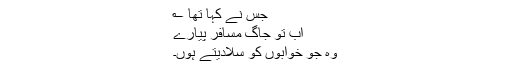
جس نے کہا تھا ؎
اب تو جاگ مسافر پیارے
وہ جو خوابوں کو سُلادیتے ہوں۔